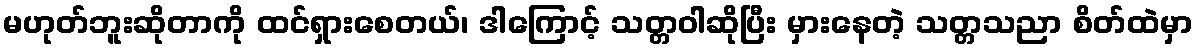
မဟုတ်ဘူးဆိုတာကို ထင်ရှားစေတယ်၊ ဒါကြောင့် သတ္တဝါဆိုပြီး မှားနေတဲ့ သတ္တသညာ စိတ်ထဲမှာ